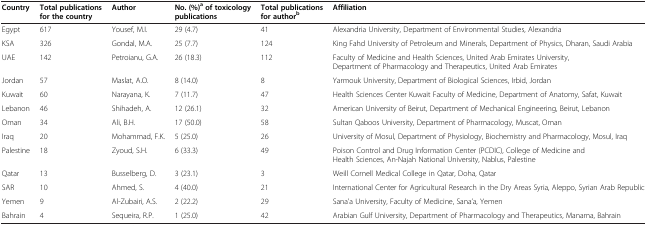
<table><thead><tr><td><b>Country</b></td><td><b>Total publications for the country</b></td><td><b>Author</b></td><td><b>No. (%)<sup>a </sup>of toxicology publications</b></td><td><b>Total publications for author<sup>b</sup></b></td><td><b>Affiliation</b></td></tr></thead><tbody><tr><td>Egypt</td><td>617</td><td>Yousef, M.I.</td><td>29 (4.7)</td><td>41</td><td>Alexandria University, Department of Environmental Studies, Alexandria</td></tr><tr><td>KSA</td><td>326</td><td>Gondal, M.A.</td><td>25 (7.7)</td><td>124</td><td>King Fahd University of Petroleum and Minerals, Department of Physics, Dharan, Saudi Arabia</td></tr><tr><td>UAE</td><td>142</td><td>Petroianu, G.A.</td><td>26 (18.3)</td><td>112</td><td>Faculty of Medicine and Health Sciences, United Arab Emirates University, Department of Pharmacology and Therapeutics, United Arab Emirates</td></tr><tr><td>Jordan</td><td>57</td><td>Maslat, A.O.</td><td>8 (14.0)</td><td>8</td><td>Yarmouk University, Department of Biological Sciences, Irbid, Jordan</td></tr><tr><td>Kuwait</td><td>60</td><td>Narayana, K.</td><td>7 (11.7)</td><td>47</td><td>Health Sciences Center Kuwait Faculty of Medicine, Department of Anatomy, Safat, Kuwait</td></tr><tr><td>Lebanon</td><td>46</td><td>Shihadeh, A.</td><td>12 (26.1)</td><td>32</td><td>American University of Beirut, Department of Mechanical Engineering, Beirut, Lebanon</td></tr><tr><td>Oman</td><td>34</td><td>Ali, B.H.</td><td>17 (50.0)</td><td>58</td><td>Sultan Qaboos University, Department of Pharmacology, Muscat, Oman</td></tr><tr><td>Iraq</td><td>20</td><td>Mohammad, F.K.</td><td>5 (25.0)</td><td>26</td><td>University of Mosul, Department of Physiology, Biochemistry and Pharmacology, Mosul, Iraq</td></tr><tr><td>Palestine</td><td>18</td><td>Zyoud, S.H.</td><td>6 (33.3)</td><td>49</td><td>Poison Control and Drug Information Center (PCDIC), College of Medicine and Health Sciences, An-Najah National University, Nablus, Palestine</td></tr><tr><td>Qatar</td><td>13</td><td>Busselberg, D.</td><td>3 (23.1)</td><td>3</td><td>Weill Cornell Medical College in Qatar, Doha, Qatar</td></tr><tr><td>SAR</td><td>10</td><td>Ahmed, S.</td><td>4 (40.0)</td><td>21</td><td>International Center for Agricultural Research in the Dry Areas Syria, Aleppo, Syrian Arab Republic</td></tr><tr><td>Yemen</td><td>9</td><td>Al-Zubairi, A.S.</td><td>2 (22.2)</td><td>29</td><td>Sana’a University, Faculty of Medicine, Sana’a, Yemen</td></tr><tr><td>Bahrain</td><td>4</td><td>Sequeira, R.P.</td><td>1 (25.0)</td><td>42</td><td>Arabian Gulf University, Department of Pharmacology and Therapeutics, Manama, Bahrain</td></tr></tbody></table>